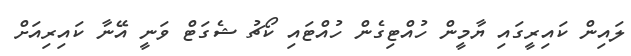
ލައިން ކައިރީގައި ޔާމީން ހުއްޓިގެން ހުއްޓައި ކޯޗު ޝެގަޓް ވަނީ އޭނާ ކައިރިއަށް